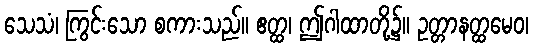
သေသံ၊ ကြွင်းသော စကားသည်။ ဧတ္ထ၊ ဤဂါထာတို့၌။ ဥတ္တာနတ္ထမေဝ၊